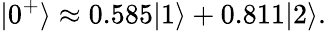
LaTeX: |0^{+}\rangle\approx 0.585|1\rangle+0.811|2\rangle.